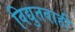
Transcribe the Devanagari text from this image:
विद्युतवाही